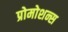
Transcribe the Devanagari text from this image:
प्रोमोशन्स